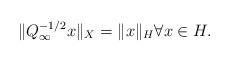
LaTeX: \begin{align*}\|Q_\infty^{-1/2}x\|_X = \|x\|_H \forall x\in H.\end{align*}